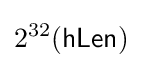
2^{32}({\mathsf {hLen}})